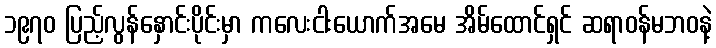
၁၉၇၀ ပြည့်လွန်နှောင်းပိုင်းမှာ ကလေးငါးယောက်အမေ အိမ်ထောင်ရှင် ဆရာဝန်မဘဝနဲ့